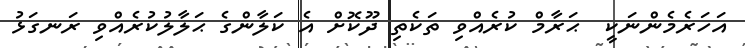
އަހަރެމެންނަކީ  ޙަރާމް ކުރެއްވި ތަކެތި ދޫކޮށް އެ ކަލާންގެ ޙަލާލުކުރެއްވި ރަނގަޅު